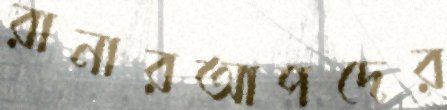
রানারআপদের